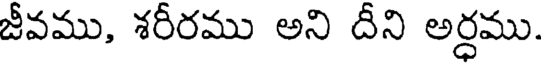
జీవము, శరీరము అని దీని అర్ధము.